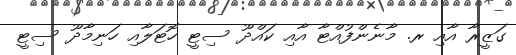
ގަޒީރާ އާއި ރ. މާނެންފުއްޓާ އާއި ކައްދޫ ސިޓީ ހޮޓަލާއި ހަނިމާދޫ ސިޓީ